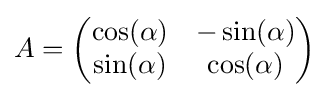
A={\begin{pmatrix}\cos(\alpha )&-\sin(\alpha )\\\sin(\alpha )&\cos(\alpha )\\\end{pmatrix}}